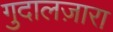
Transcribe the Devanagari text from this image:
गुदालज़ारा